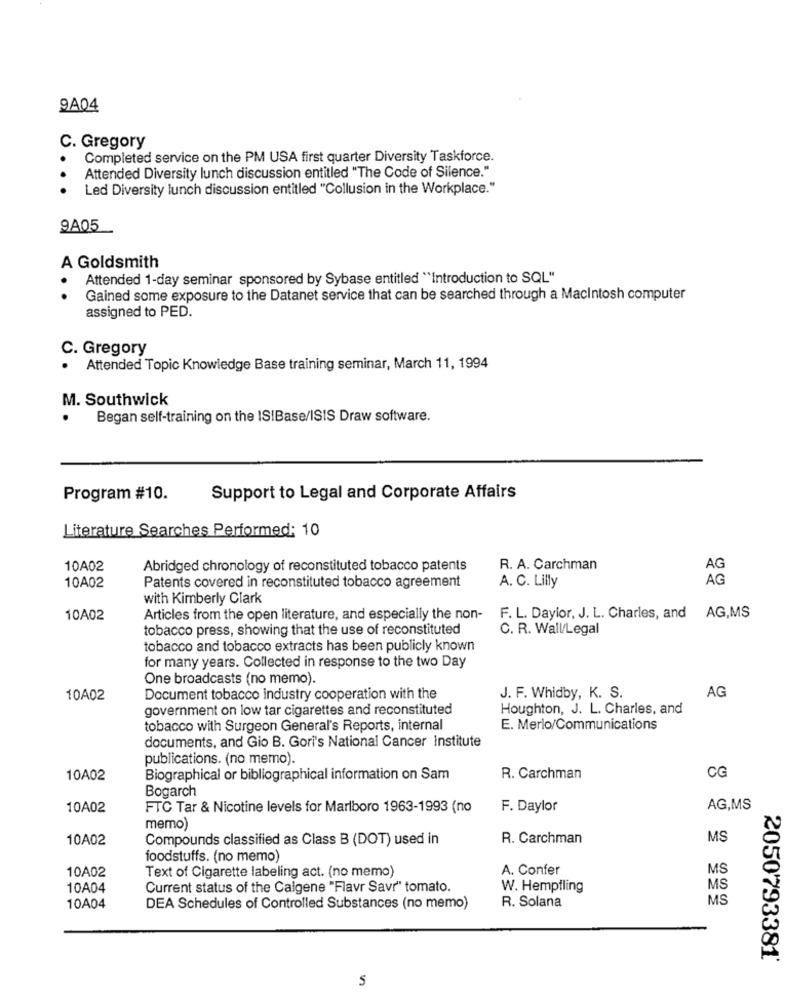
9A04
C. Gregory
Completed service on the PM USA first quarter Diversity Taskforce.
Attended Diversity lunch discussion entitled "The Code of Silence."
Led Diversity lunch discussion entitled "Collusion in the Workplace."
9A05
A Goldsmith
Attended 1-day seminar sponsored by Sybase entitled "Introduction to SQL"
..
Gained some exposure to the Datanet service that can be searched through a Macintosh computer
assigned to PED.
C. Gregory
.
Attended Topic Knowledge Base training seminar, March 11, 1994
M. Southwick
.
Began self-training on the ISIBase/ISIS Draw software.
Program #10.
Support to Legal and Corporate Affairs
Literature Searches Performed: 10
10A02
Abridged chronology of reconstituted tobacco patents
R. A. Carchman
AG
Patents covered in reconstituted tobacco agreement
A. C. Lilly
AG
10A02
with Kimberly Clark
10A02
Articles from the open literature, and especially the non-
F. L. Daylor, J. L. Charles, and AG,MS
tobacco press, showing that the use of reconstituted
C. R. Wall/Legal
tobacco and tobacco extracts has been publicly known
for many years. Collected in response to the two Day
One broadcasts (no memo).
AG
10A02
Document tobacco industry cooperation with the
J. F. Whidby, K. S.
government on low tar cigarettes and reconstituted
Houghton, J. L. Charles, and
tobacco with Surgeon General's Reports, internal
E. Merlo/Communications
documents, and Gio B. Gori's National Cancer Institute
publications. (no memo).
CG
10A02
Biographical or bibliographical information on Sam
R. Carchman
Bogarch
10A02
FTC Tar & Nicotine levels for Marlboro 1963-1993 (no
F. Daylor
AG,MS
memo)
10A02
Compounds classified as Class B (DOT) used in
R. Carchman
MS
foodstuffs. (no memo)
10A02
Text of Cigarette labeling act. (no memo)
A. Confer
MS
10A04
Current status of the Calgene "Flavr Savr" tomato.
W. Hempfling
MS
R. Solana
MS
10A04
DEA Schedules of Controlled Substances (no memo)
2050793381
5